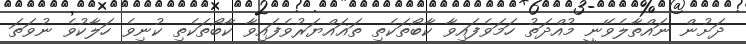
ދަށުން ނައްތާލެވޭނީ މުއްދަތު ހަމަވެފައިވާ ކާބޯތަކެތި ތަޣައްޔަރުވެފައިވާ ކާބޯތަކެތި ކުނިވެ ހަލާކުވެ ނުވަތަ